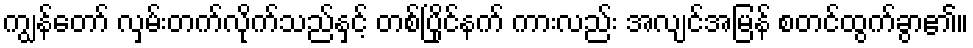
ကျွန်တော် လှမ်းတက်လိုက်သည်နှင့် တစ်ပြိုင်နက် ကားလည်း အလျင်အမြန် စတင်ထွက်ခွာ၏။